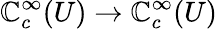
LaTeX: \mathbb{C}_{c}^{\infty}(U)\to\mathbb{C}_{c}^{\infty}(U)